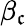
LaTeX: \beta_{\mathfrak{c}}